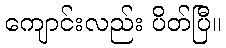
ကျောင်းလည်း ပိတ်ပြီ။